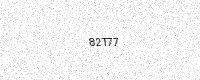
Text: 82T77